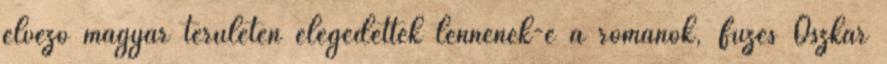
élvező magyar területen elégedettek lennének-e a románok, Füzes Oszkár